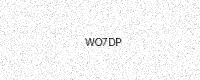
Text: WO7DP